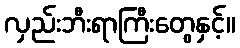
လှည်းဘီးရာကြီးတွေနှင့်။